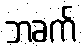
ဘခက်